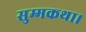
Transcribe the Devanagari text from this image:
सुम्मकथा।